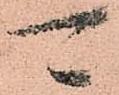
可